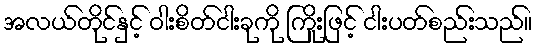
အလယ်တိုင်နှင့် ဝါးစိတ်ငါးခုကို ကြိုးဖြင့် ငါးပတ်စည်းသည်။